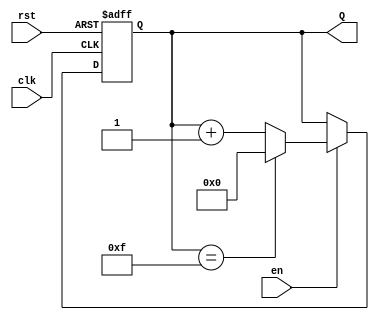
module synchronous_counter #(
    parameter WIDTH = 4,  // Number of bits for the counter
    parameter MAX_COUNT = (1 << WIDTH) - 1  // Maximum count value
)(
    input wire clk,       // Clock input
    input wire rst,       // Asynchronous reset input
    input wire en,        // Enable input
    output reg [WIDTH-1:0] Q  // Counter output
);

// Asynchronous reset and synchronous counting
always @(posedge clk or posedge rst) begin
    if (rst) begin
        Q <= 0;  // Reset counter to zero
    end else if (en) begin
        if (Q == MAX_COUNT) begin
            Q <= 0;  // Wrap around to zero
        end else begin
            Q <= Q + 1;  // Increment counter
        end
    end
end

endmodule